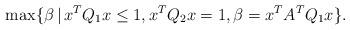
LaTeX: \begin{align*}\max \{\beta\,|\, x^TQ_1x\leq1, x^TQ_2x= 1, \beta= x^TA^TQ_1x\}.\end{align*}